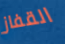
القفاز